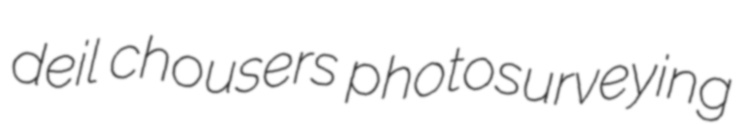
deil chousers photosurveying